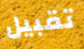
تقبيل